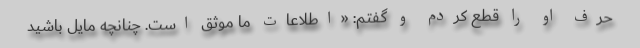
حرف او را قطع کردم و گفتم: «اطلاعات ما موثق است. چنانچه مایل باشید